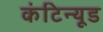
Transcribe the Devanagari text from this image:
कंटिन्यूड